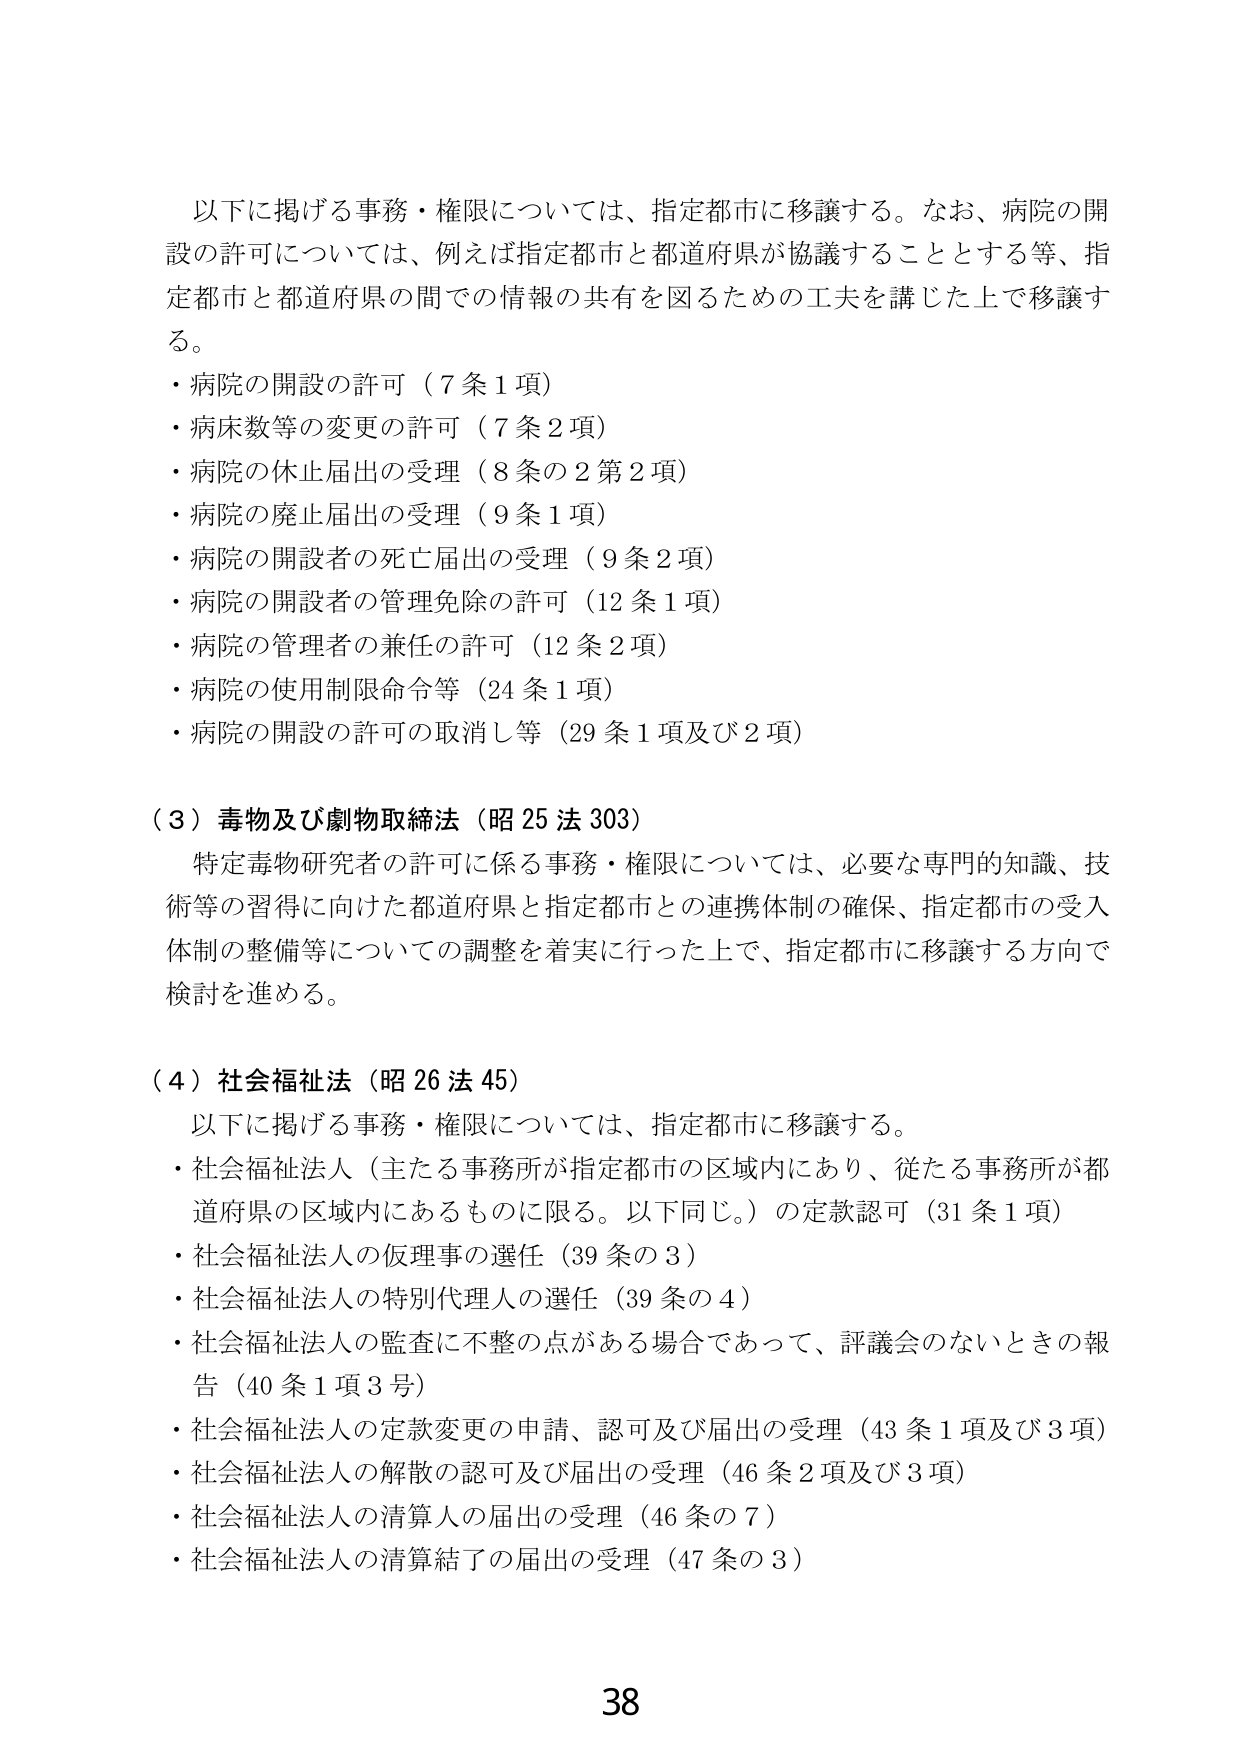
以下に掲げる事務・権限については、指定都市に移譲する。なお、病院の開設の許可については、例えば指定都市と都道府県が協議することとする等、指定都市と都道府県の間での情報の共有を図るための工夫を講じた上で移譲する。

・病院の開設の許可（7条1項）
・病床数等の変更の許可（7条2項）
・病院の休止届出の受理（8条の2第2項）
・病院の廃止届出の受理（9条1項）
・病院の開設者の死亡届出の受理（9条2項）
・病院の開設者の管理免除の許可（12条1項）
・病院の管理者の兼任の許可（12条2項）
・病院の使用制限命令等（24条1項）
・病院の開設の許可の取消し等（29条1項及び2項）

（3）毒物及び劇物取締法（昭25法303）
特定毒物研究者の許可に係る事務・権限については、必要な専門的知識、技術等の習得に向けた都道府県と指定都市との連携体制の確保、指定都市の受入体制の整備等についての調整を着実に行った上で、指定都市に移譲する方向で検討を進める。

（4）社会福祉法（昭26法45）
以下に掲げる事務・権限については、指定都市に移譲する。
・社会福祉法人（主たる事務所が指定都市の区域内にあり、従たる事務所が都道府県の区域内にあるものに限る。以下同じ。）の定款認可（31条1項）
・社会福祉法人の仮理事の選任（39条の3）
・社会福祉法人の特別代理人の選任（39条の4）
・社会福祉法人の監査に不整の点がある場合であって、評議会のないときの報告（40条1項3号）
・社会福祉法人の定款変更の申請、認可及び届出の受理（43条1項及び3項）
・社会福祉法人の解散の認可及び届出の受理（46条2項及び3項）
・社会福祉法人の清算人の届出の受理（46条の7）
・社会福祉法人の清算結了の届出の受理（47条の3）

38